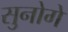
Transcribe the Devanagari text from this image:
सुनोगे